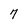
Character: 7